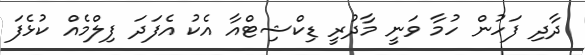
ދާދި ފަހުން ހުމާ ވަނީ މާދުރީ ޑިކްޝިޓްއާ އެކު އެފަދަ ފިލްމެއް ކުޅެފަ